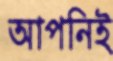
আপনিই